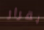
بقرار